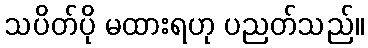
သပိတ်ပို မထားရဟု ပညတ်သည်။